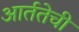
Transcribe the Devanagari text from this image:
आर्ततेची